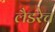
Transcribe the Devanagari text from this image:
लैडरेच